Indian journal of veterinary science and animal husbandry - Volume 5,
Year: 1935
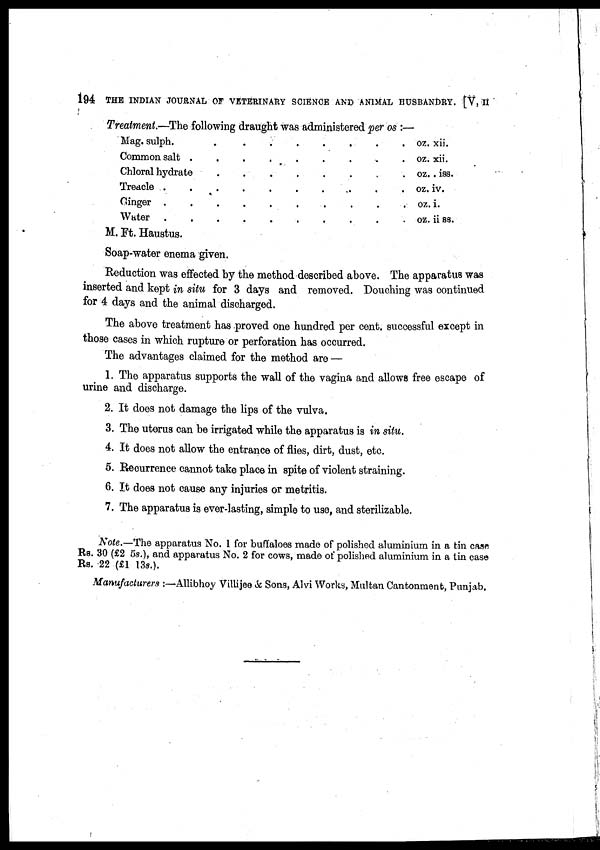
194 THE INDIAN JOURNAL OF VETERINARY SCIENCE AND ANIMAL HUSBANDRY. [V, II
Treatment.—The following draught was administered per os :—
Mag. sulph. . . . . . . . .
Common salt . . . . . . . .
Chloral hydrate . . . . . . . .
Treacle . . . . . . . .
Cinger . . . . . . . .
Water . . . . . . . .
M. Ft. Haustus.
oz. xii.
oz. xii.
oz. . iss.
oz. iv.
oz. i.
oz. ii ss.
Soap-water enema given.
Reduction was effected by the method described above. The apparatus was
inserted and kept in situ for 3 days and removed. Douching was continued
for 4 days and the animal discharged.
The above treatment has proved one hundred per cent. successful except in
those cases in which rupture or perforation has occurred.
The advantages claimed for the method are —
1. The apparatus supports the wall of the vagina and allows free escape of
urine and discharge.
2. It does not damage the lips of the vulva.
3. The uterus can be irrigated while the apparatus is in situ.
4. It does not allow the entrance of flies, dirt, dust, etc.
5. Recurrence cannot take place in spite of violent straining.
6. It does not cause any injuries or metritis.
7. The apparatus is ever-lasting, simple to use, and sterilizable.
Note.—The apparatus No. 1 for buffaloes made of polished aluminium in a tin case
Rs. 30 (£2 5s.), and apparatus No. 2 for cows, made of polished aluminium in a tin case
Rs. 22 (£1 13s.).
Manufacturers :—Allibhoy Villijee & Sons, Alvi Works, Multan Cantonment, Punjab.